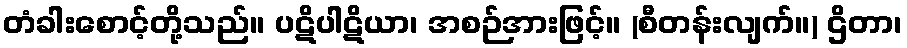
တံခါးစောင့်တို့သည်။ ပဋိပါဋိယာ၊ အစဉ်အားဖြင့်။ (စီတန်းလျက်။) ဌိတာ၊